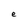
Character: e